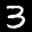
Label: 3